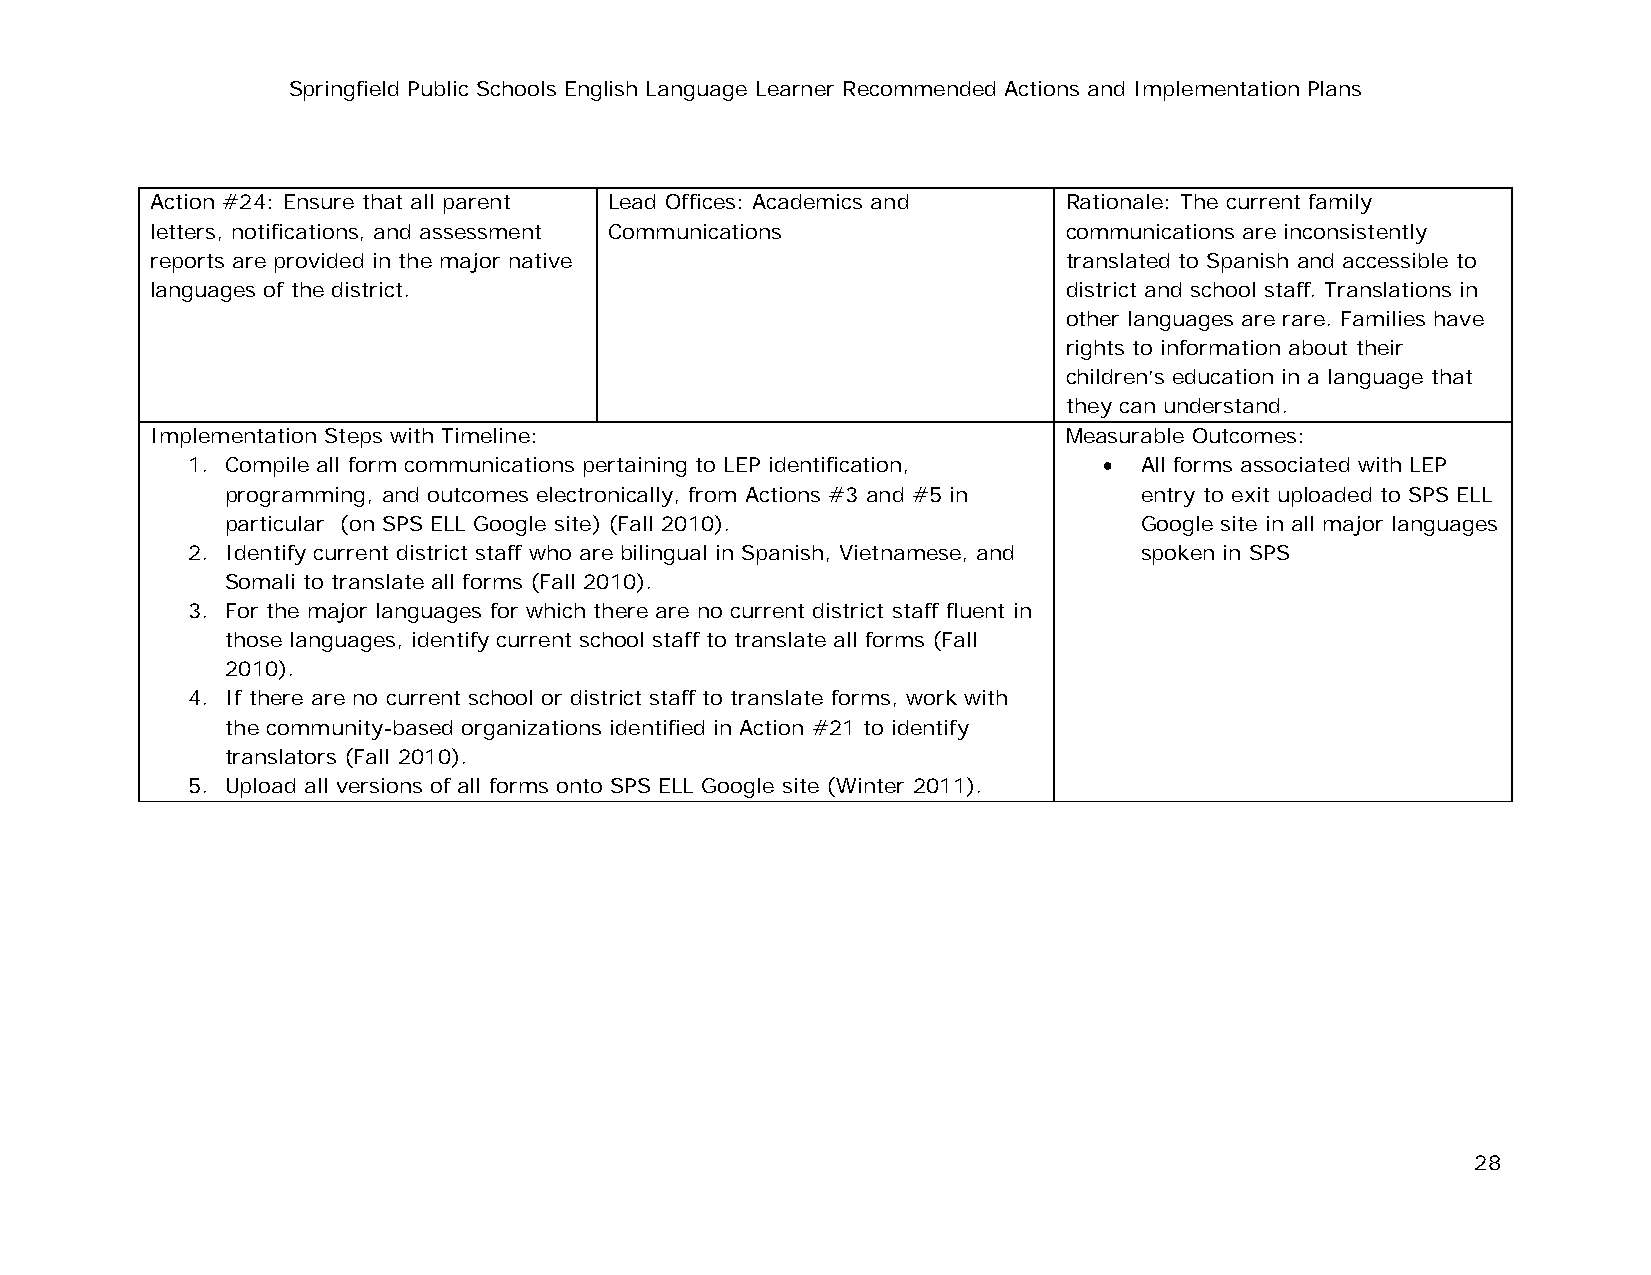
Springfield Public Schools English Language Learner Recommended Actions and Implementation Plans
 Action #24: Ensure that all parent Lead Offices: Academics and Rationale: The current family
 letters, notifications, and assessment Communications        communications are inconsistently
 reports are provided in the major native                     translated to Spanish and accessible to
 languages of the district.                                   district and school staff. Translations in
 other languages are rare. Families have
 rights to information about their
 children’s education in a language that
 they can understand.
 Implementation Steps with Timeline:                          Measurable Outcomes:
 1. Compile all form communications pertaining to LEP identification, • All forms associated with LEP
 programming, and outcomes electronically, from Actions #3 and #5 in entry to exit uploaded to SPS ELL
 particular (on SPS ELL Google site) (Fall 2010).            Google site in all major languages
 2. Identify current district staff who are bilingual in Spanish, Vietnamese, and spoken in SPS
 Somali to translate all forms (Fall 2010).
 3. For the major languages for which there are no current district staff fluent in
 those languages, identify current school staff to translate all forms (Fall
 2010).
 4. If there are no current school or district staff to translate forms, work with
 the community-based organizations identified in Action #21 to identify
 translators (Fall 2010).
 5. Upload all versions of all forms onto SPS ELL Google site (Winter 2011).
 28